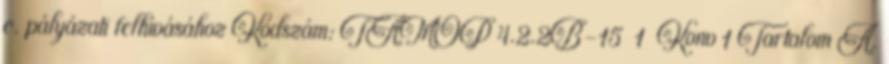
c. pályázati felhívásához Kódszám: TÁMOP 4.2.2B-15 1 Konv 1 Tartalom A.